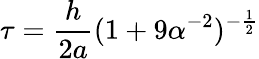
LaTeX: \tau=\frac{h}{2a}(1+9\alpha^{-2})^{-\frac{1}{2}}